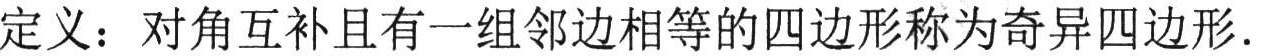
定义：对角互补且有一组邻边相等的四边形称为奇异四边形.